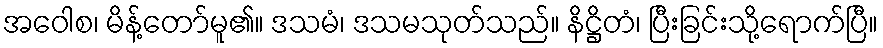
အဝေါစ၊ မိန့်တော်မူ၏။ ဒသမံ၊ ဒသမသုတ်သည်။ နိဋ္ဌိတံ၊ ပြီးခြင်းသို့ရောက်ပြီ။